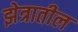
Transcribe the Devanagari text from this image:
झेत्रातील